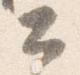
公